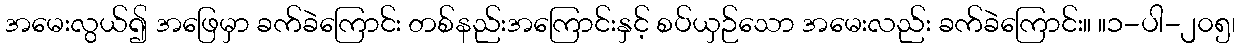
အမေးလွယ်၍ အဖြေမှာ ခက်ခဲကြောင်း တစ်နည်းအကြောင်းနှင့် စပ်ယှဉ်သော အမေးလည်း ခက်ခဲကြောင်း။ ။၁-ပါ-၂၀၅၊